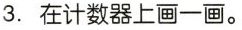
3.在计数器上画一画。